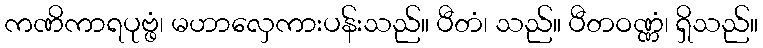
ကဏိကာရပုဗ္ဖံ၊ မဟာလှေကားပန်းသည်။ ပီတံ၊ သည်။ ပီတဝဏ္ဏံ၊ ရှိသည်။